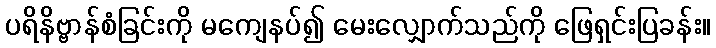
ပရိနိဗ္ဗာန်စံခြင်းကို မကျေနပ်၍ မေးလျှောက်သည်ကို ဖြေရှင်းပြခန်း။